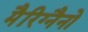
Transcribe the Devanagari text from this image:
मैरिग्नैनो